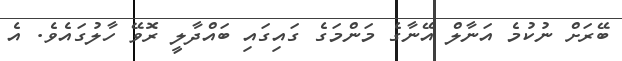
ބޭރަށް ނުކުމެ އަނާލް އޭނާގެ މަންމަގެ ގައިގައި ބައްދާލީ ރޮވޭ ހާލުގައެވެ. އެ